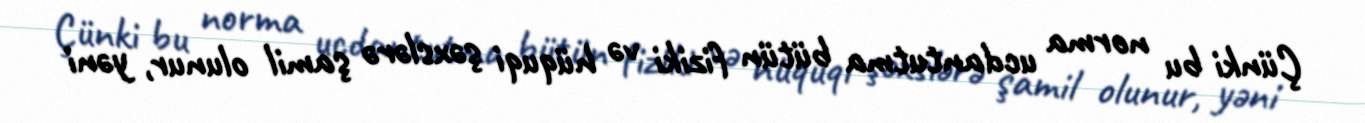
Çünki bu norma ucdantutma bütün fiziki və hüquqi şəxslərə şamil olunur, yəni